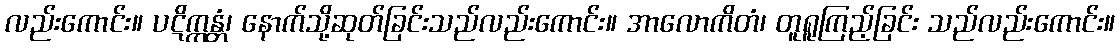
လည်းကောင်း။ ပဋိက္ကန္တံ၊ နောက်သို့ဆုတ်ခြင်းသည်လည်းကောင်း။ အာလောကိတံ၊ တူရူကြည့်ခြင်း သည်လည်းကောင်း။